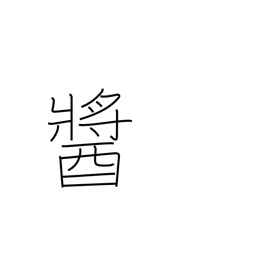
Meaning: any jam-like or paste-like food